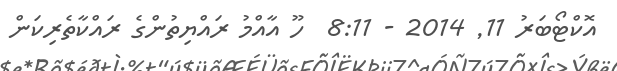
އޮކްޓޯބަރު 11